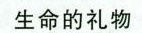
生命的礼物